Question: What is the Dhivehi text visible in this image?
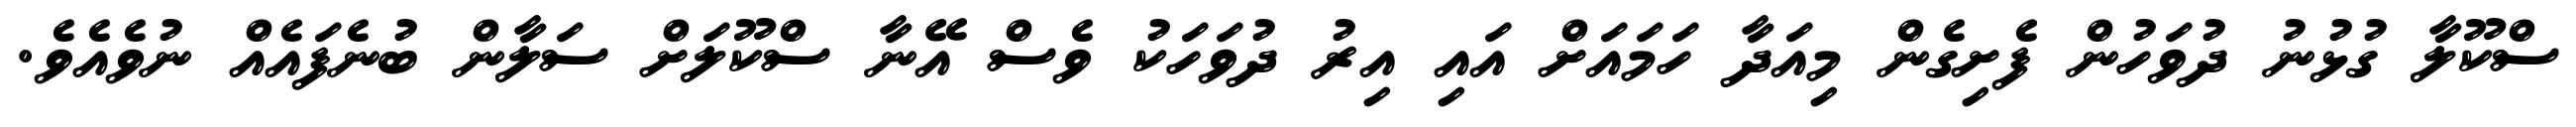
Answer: ސްކޫލާ ގުޅުނު ދުވަހުން ފެށިގެން މިއަދާ ހަމައަށް އައި އިރު ދުވަހަކު ވެސް އޭނާ ސްކޫލަށް ސަލާން ބުނެފައެއް ނުވެއެވެ.